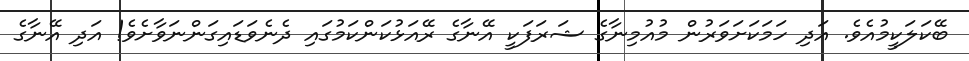
ބޭކަލަކީމުއެވެ. އަދި ހަމަކަށަވަރުން މުއުމިނާގެ ޝަރަފަކީ އޭނާގެ ރޭއަޅުކަންކަމުގައި ދެނެވަޑައިގަންނަވާށެވެ! އަދި އޭނާގެ